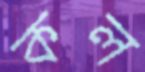
কল